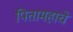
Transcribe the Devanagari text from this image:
पितामहाचे